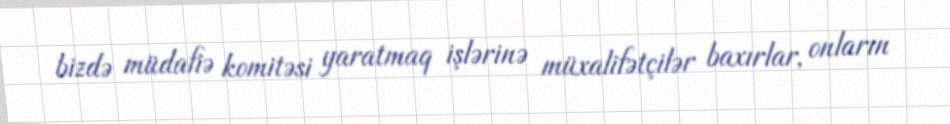
bizdə müdafiə komitəsi yaratmaq işlərinə müxalifətçilər baxırlar, onların